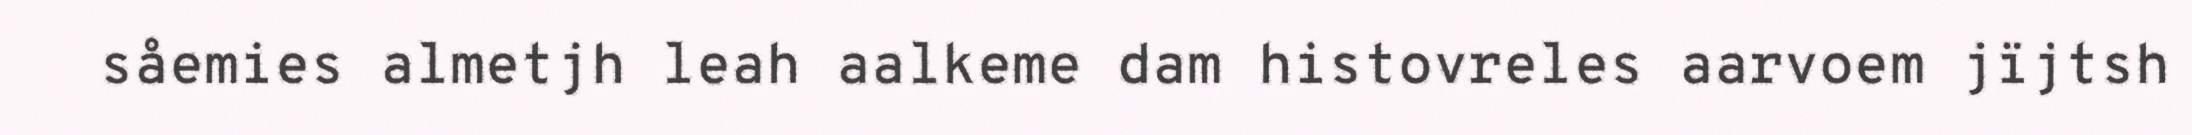
såemies almetjh leah aalkeme dam histovreles aarvoem jïjtsh